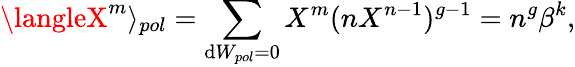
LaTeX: \langleX^{m}\rangle_{pol}=\sum_{\mathrm{d}W_{pol}=0}X^{m}(nX^{n-1})^{g-1}=n^{g}\beta^{k},